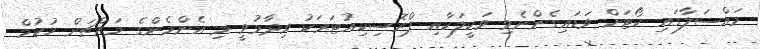
މައްސަލާގައި ކޯޓަށް ވަޑައިގެންނެވި ވަކީލަކާއި ޕްރޮސިކިއުޓަރަކު ވިދާޅުވީ މި އެންމެންގެ މައްޗަށް ހުކުމް